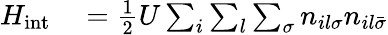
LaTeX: \begin{array}{rl}{H_{\mathrm{int}}}&{{}=\frac{1}{2}U\sum_{i}\sum_{l}\sum_{\sigma}n_{il\sigma}n_{il\bar{\sigma}}}\end{array}